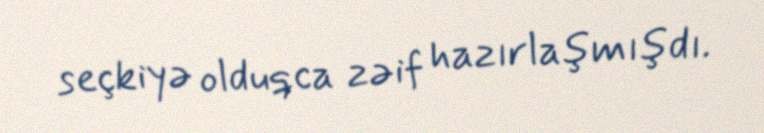
seçkiyə olduqca zəif hazırlaşmışdı.